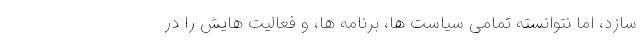
سازد، امّا نتوانسته تمامی سیاست ها، برنامه ها، و فعالیّت هایش را در